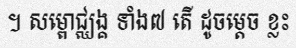
។ សម្ពោជ្ឈង្គ ទាំង៧ តើ ដូចម្តេច ខ្លះ